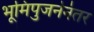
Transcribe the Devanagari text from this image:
भूमिपुजनेनंतर